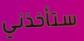
ستأخذني